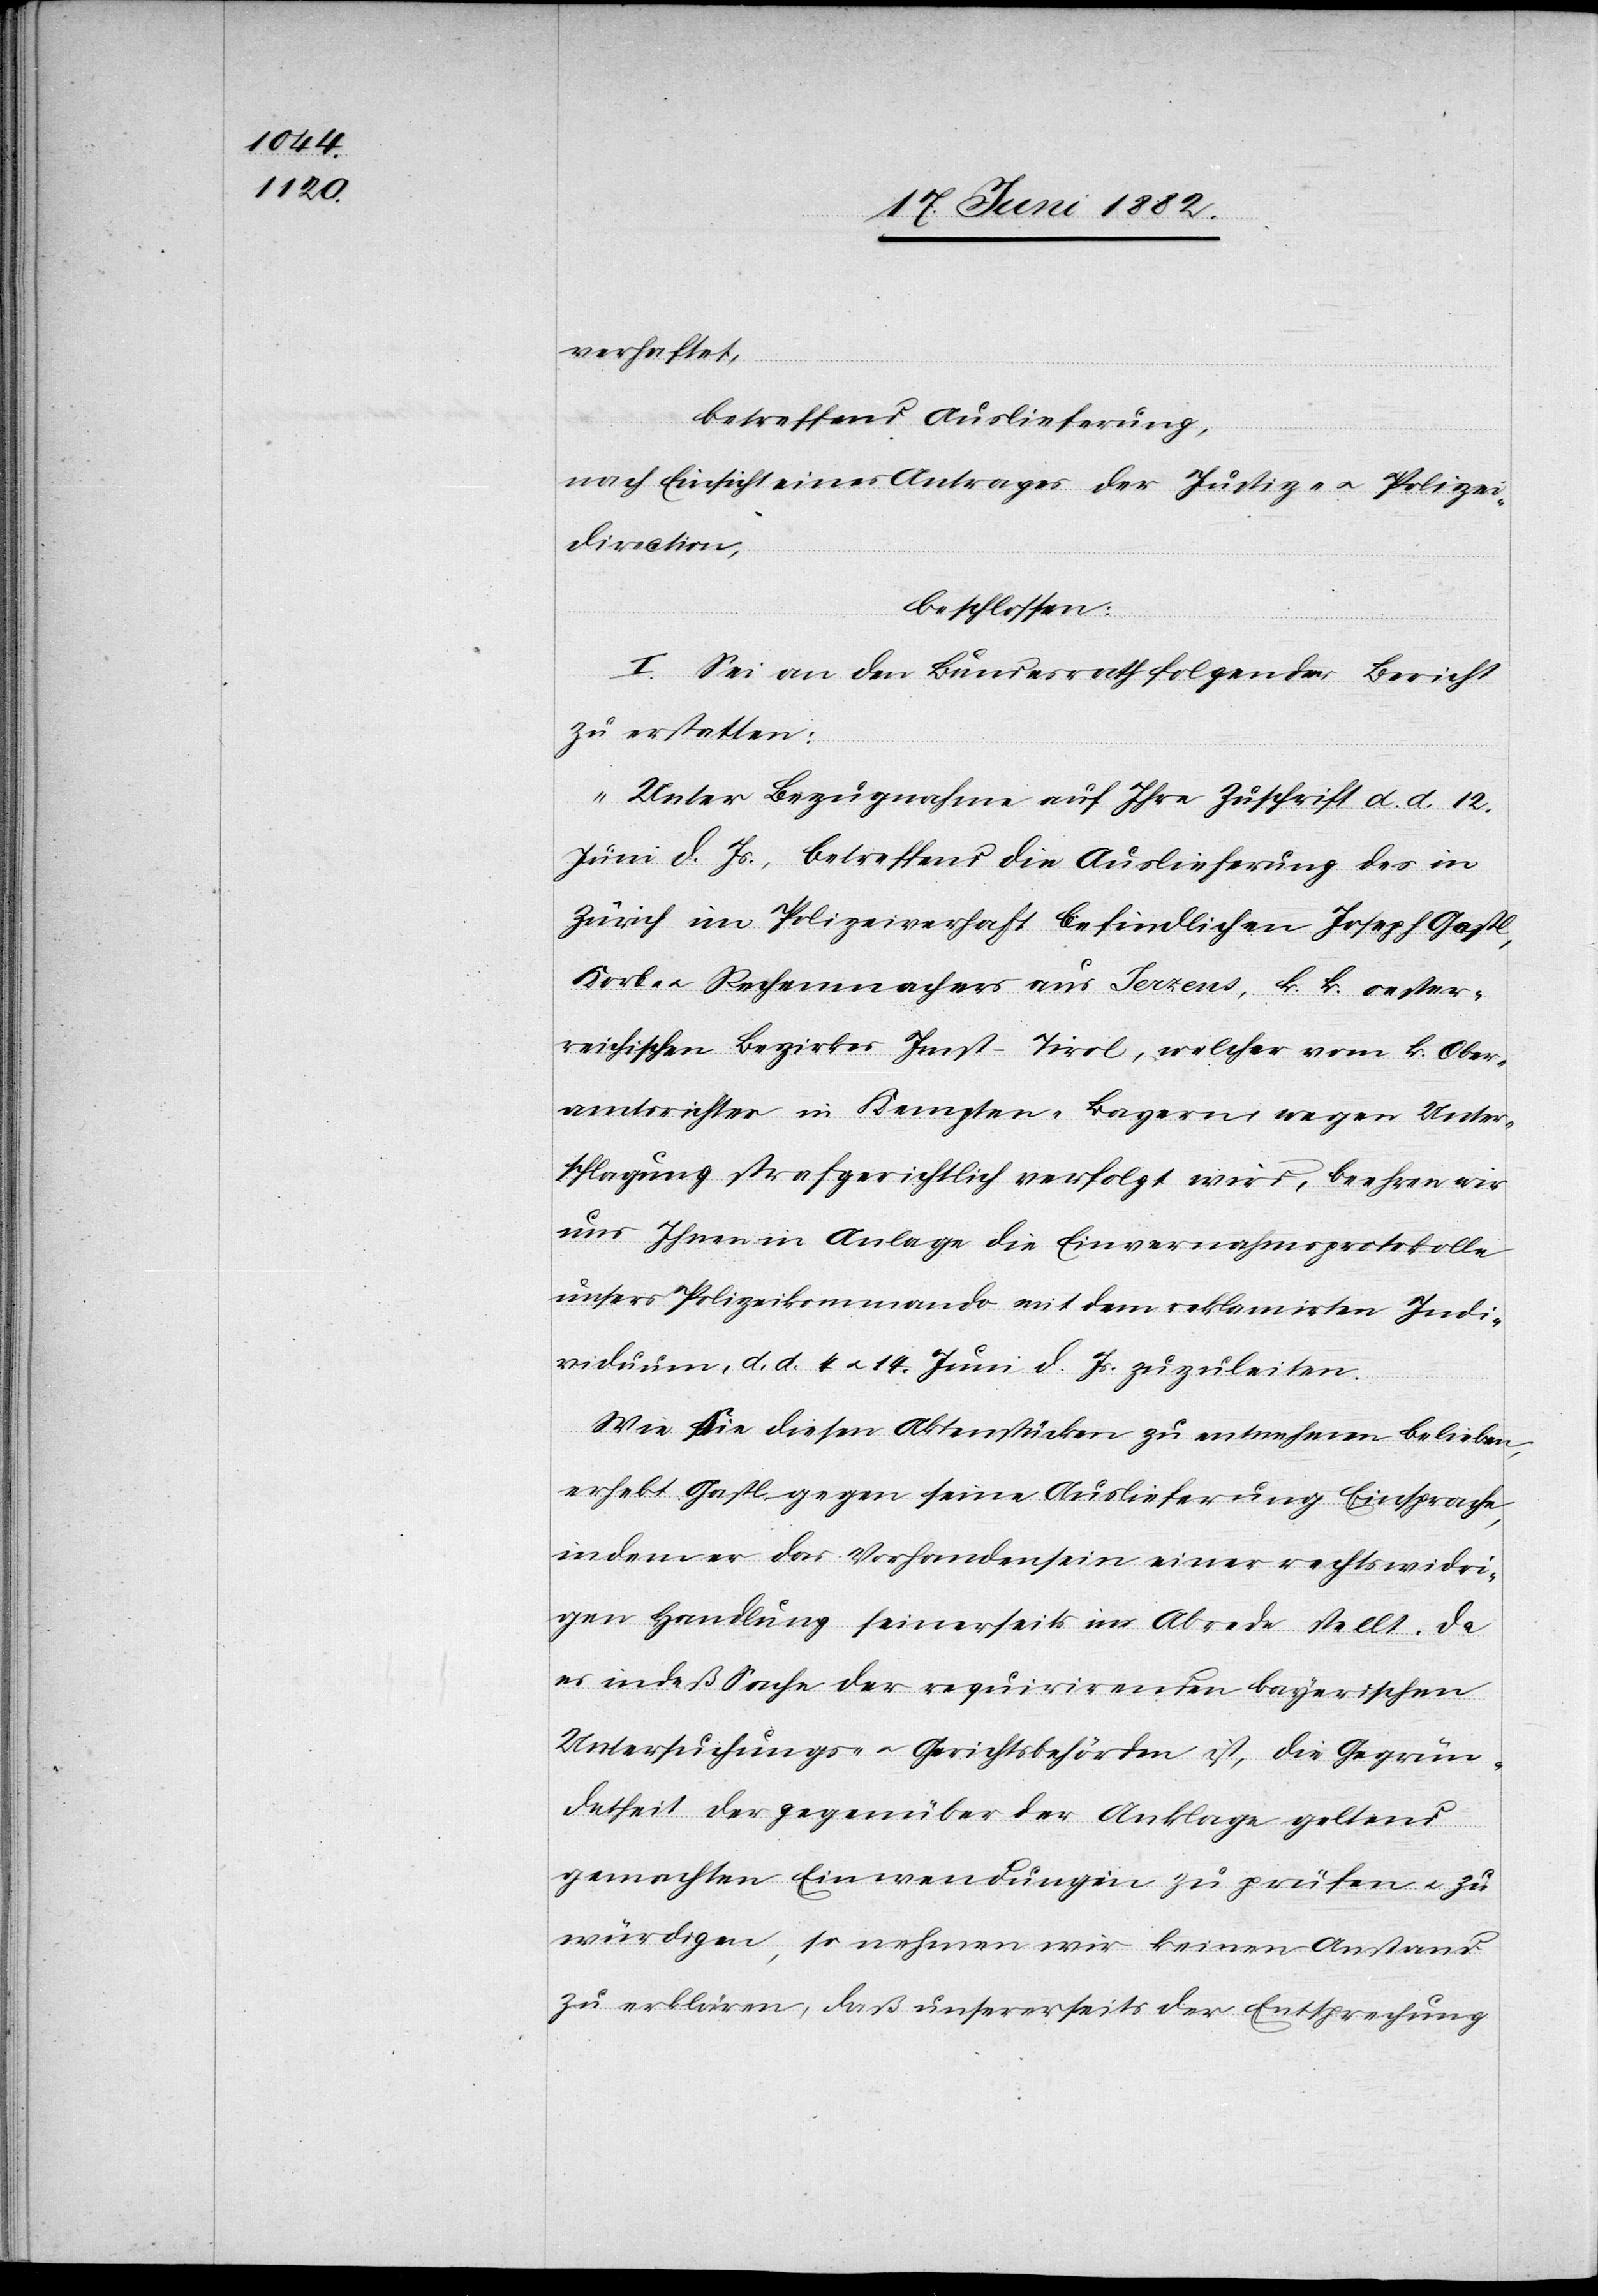
verhaftet,
betreffend Auslieferung,
nach Einsicht eines Antrages der Justiz- u. Polizei¬
direction,
beschlossen:
I. Sei an den Bundesrath folgender Bericht
zu erstatten:
„Unter Bezugnahme auf Ihre Zuschrift d. d. 12.
Juni d. Js., betreffend die Auslieferung des in
Zürich in Polizeiverhaft befindlichen Joseph Gastl,
Korb- u. Rechenmachers aus Jerzens, k. k. oester¬
reichischen Bezirkes Imst - Tirol, welcher vom k. Ober¬
amtsrichter in Kempten - Bayern, wegen Unter¬
schlagung strafgerichtlich verfolgt wird, beehren wir
uns Ihnen in Anlage die Einvernahmsprotokolle
unsres Polizeikommando[s] mit dem reklamirten Indi¬
viduum, d. d. 4 u. 14. Juni d. Js. zuzuleiten.
Wie Sie diesen Aktenstücken zu entnehmen belieben,
erhebt Gastl gegen seine Auslieferung Einsprache,
indem er das Vorhandensein einer rechtswidri¬
gen Handlung seinerseits in Abrede stellt. Da
es indeß Sache der requirirenden bayerischen
Untersuchungs- u. Gerichtsbehörden ist, die Gegrün¬
detheit der gegenüber der Anklage geltend
gemachten Einwendungen zu prüfen u. zu
würdigen, so nehmen wir keinen Anstand
zu erklären, daß unserseits der Entsprechung